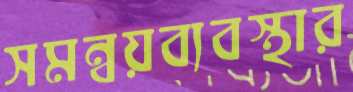
সমন্বয়ব্যবস্থার